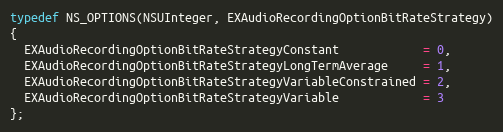
Language: C
typedef NS_OPTIONS(NSUInteger, EXAudioRecordingOptionBitRateStrategy)
{
  EXAudioRecordingOptionBitRateStrategyConstant            = 0,
  EXAudioRecordingOptionBitRateStrategyLongTermAverage     = 1,
  EXAudioRecordingOptionBitRateStrategyVariableConstrained = 2,
  EXAudioRecordingOptionBitRateStrategyVariable            = 3
};